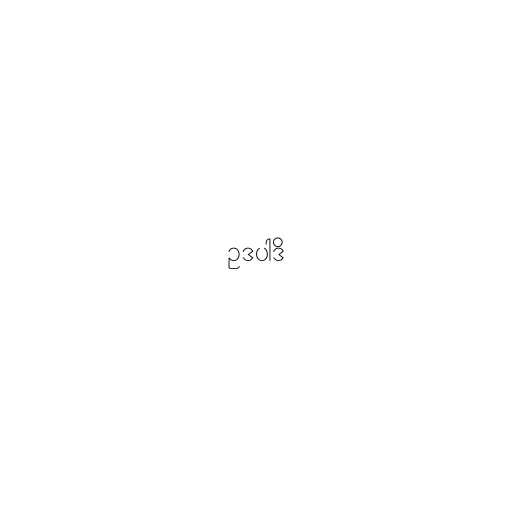
ဥဒပါဒိ